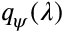
q _ { \psi } ( \lambda )